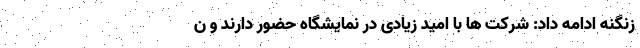
زنگنه ادامه داد: شرکت ها با امید زیادی در نمایشگاه حضور دارند و ن